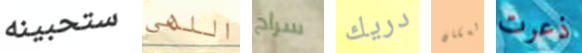
ستحبينه اللهى سراح دريك السكان ذعرت